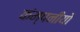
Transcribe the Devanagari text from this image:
कंम्पनीयों